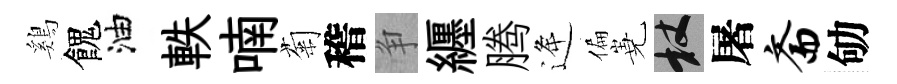
鷄餽油軼喃菊稽争纒腾逄偏嶤杖屠斋劬